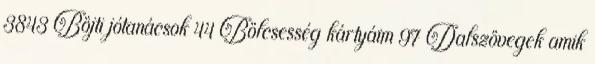
3843 Böjti jótanácsok 44 Bölcsesség kártyáim 97 Dalszövegek amik